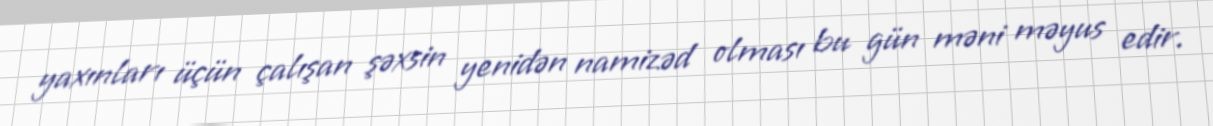
yaxınları üçün çalışan şəxsin yenidən namizəd olması bu gün məni məyus edir.